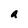
Character: a